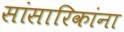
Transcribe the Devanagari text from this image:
सांसारिकांना